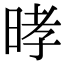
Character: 㫴